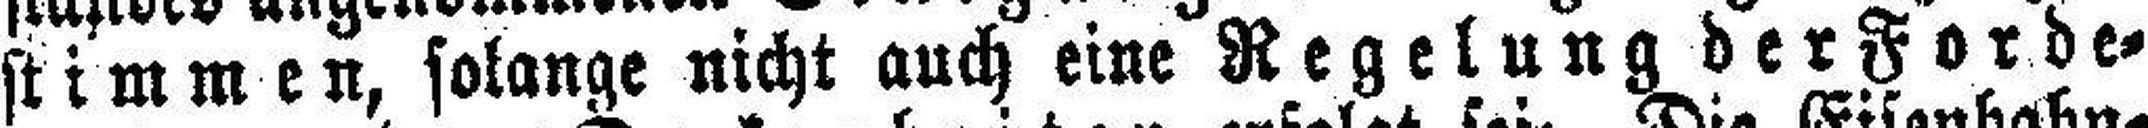
stimmen, solange nicht auch eine Regelung der Forde¬